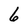
Character: 6